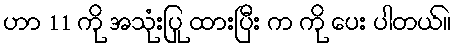
ဟာ 11 ကို အသုံးပြု ထားပြီး က ကို ပေး ပါတယ်။